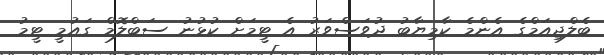
ބެލްޖިއަމްގެ އެންމެ ކާމިޔާބު ދުވަސްވަރު އެ ޓީމަށް ކުޅުނު ސަބްލޮމް ގައުމީ ޓީމު